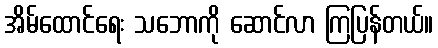
အိမ်ထောင်ရေး သဘောကို ဆောင်လာ ကြပြန်တယ်။